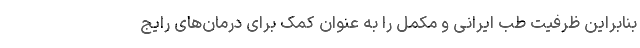
بنابراین ظرفیت طب ایرانی و مکمل را به عنوان کمک برای درمان‌های رایج